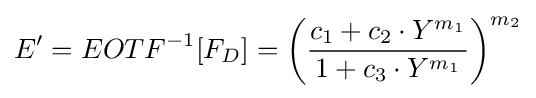
E'=EOTF^{-1}[F_{D}]=\left({\frac {c_{1}+c_{2}\cdot Y^{m_{1}}}{1+c_{3}\cdot Y^{m_{1}}}}\right)^{m_{2}}